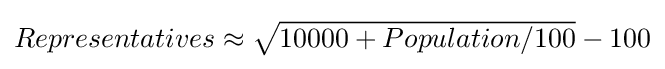
{\textstyle Representatives\approx {\sqrt {10000+Population/100}}-100}